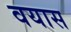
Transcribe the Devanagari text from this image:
वयास